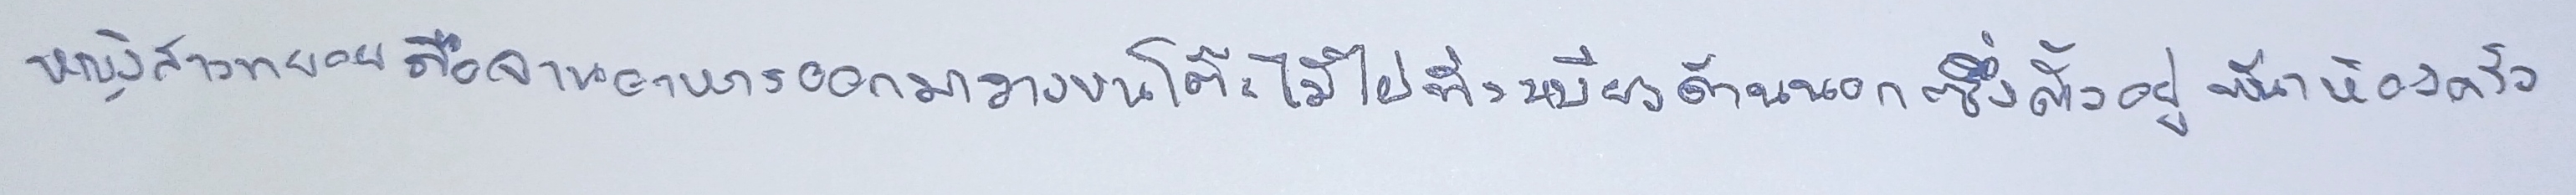
หญิงสาวทยอยถือจานอาหารออกมาวางบนโต๊ะไม้ไผ่ที่ระเบียงด้านนอกซึ่งตั้งอยู่หน้าห้องครัว